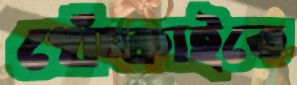
খেঁচ্‌কাইতে